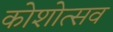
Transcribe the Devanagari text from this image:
कोशोत्सव